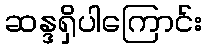
ဆန္ဒရှိပါကြောင်း